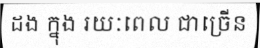
ដង ក្នុង រយៈពេល ជាច្រើន